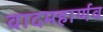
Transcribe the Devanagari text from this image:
वादमहार्णव